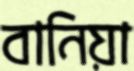
বানিয়া